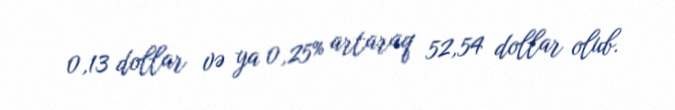
0,13 dollar və ya 0,25% artaraq 52,54 dollar olub.